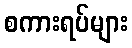
စကားရပ်များ